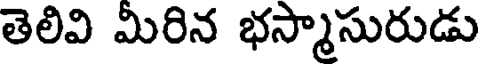
తెలివి మీరిన భస్మాసురుడు